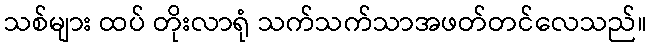
သစ်များ ထပ် တိုးလာရုံ သက်သက်သာအဖတ်တင်လေသည်။